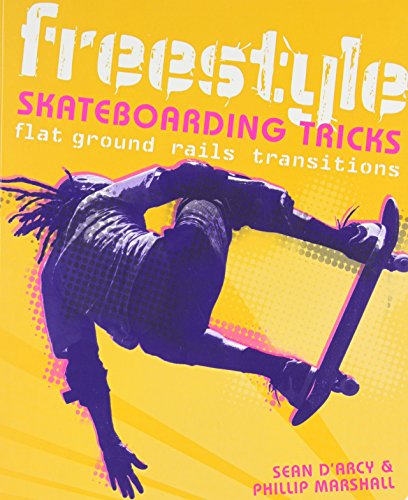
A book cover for Freestyle Skateboarding Tricks: Flat Ground, Rails, Transitions; Sean Arcy; Sports & Outdoors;